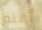
أعلم